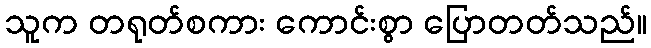
သူက တရုတ်စကား ကောင်းစွာ ပြောတတ်သည်။